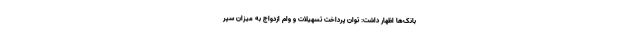
بانک‌ها اظهار داشت: توان پرداخت تسهیلات و وام ازدواج به میزان سپر